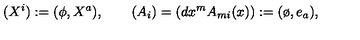
( X ^ { i } ) : = ( \phi , X ^ { a } ) , \qquad ( A _ { i } ) = ( d x ^ { m } A _ { m i } ( x ) ) : = ( \o , e _ { a } ) ,